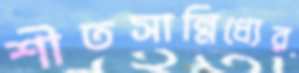
শীতসান্নিধ্যের